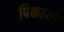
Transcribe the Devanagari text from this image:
पिकाया